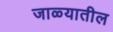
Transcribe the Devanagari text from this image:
जाळ्यातील